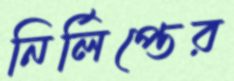
নির্লিপ্তের